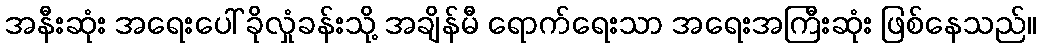
အနီးဆုံး အရေးပေါ် ခိုလှုံခန်းသို့ အချိန်မီ ရောက်ရေးသာ အရေးအကြီးဆုံး ဖြစ်နေသည်။